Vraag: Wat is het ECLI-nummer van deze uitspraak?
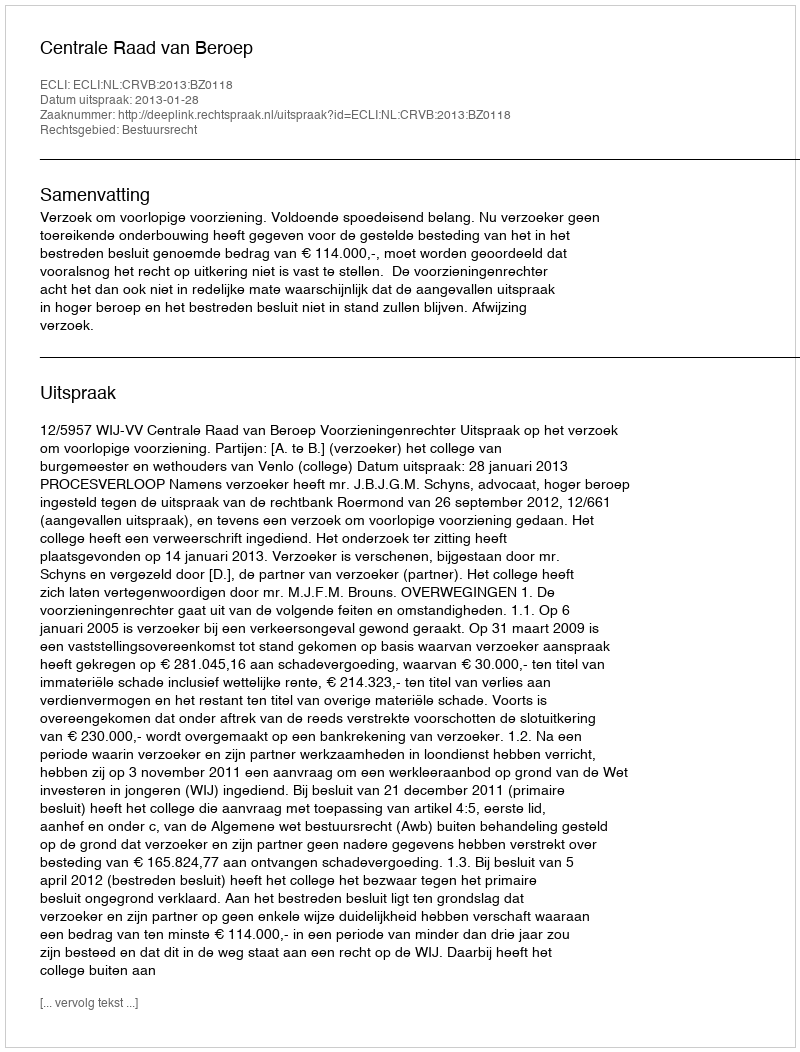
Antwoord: ECLI:NL:CRVB:2013:BZ0118